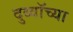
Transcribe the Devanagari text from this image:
दुब्वॉच्या